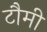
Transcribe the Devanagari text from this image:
टौमी